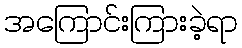
အကြောင်းကြားခဲ့ရာ